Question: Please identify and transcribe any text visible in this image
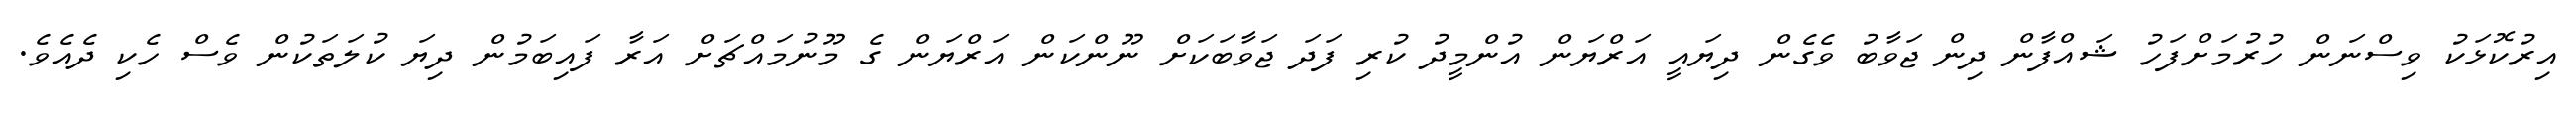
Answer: އިރުކޮޅަކު ވިސްނަން ހުރުމަށްފަހު ޝައްފާން ދިން ޖަވާބު ވެގެން ދިޔައީ އަރްޔަން އުންމީދު ކުރި ފަދަ ޖަވާބަކަށް ނޫންކަން އަރްޔަން ގެ މޫނުމައްޗަށް އަރާ ފައިބަމުން ދިޔަ ކުލަތަކުން ވެސް ހެކި ދެއެވެ.